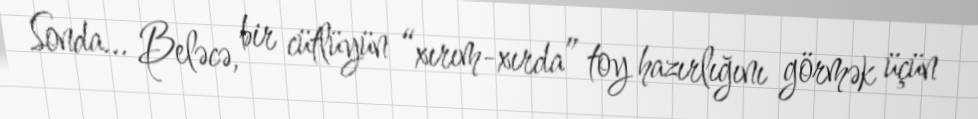
Sonda... Beləcə, bir cütlüyün “xırım-xırda” toy hazırlığını görmək üçün